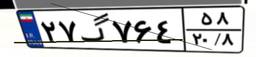
۲۷گ۷۶۴۵۸